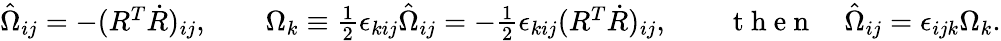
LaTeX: \begin{array}{r}{\hat{\Omega}_{ij}=-(R^{T}\dot{R})_{ij},\qquad\Omega_{k}\equiv\frac 12\epsilon_{kij}\hat{\Omega}_{ij}=-\frac 12\epsilon_{kij}(R^{T}\dot{R})_{ij},\qquad\mathrm{~t~h~e~n~}\quad\hat{\Omega}_{ij}=\epsilon_{ijk}\Omega_{k}.}\end{array}